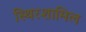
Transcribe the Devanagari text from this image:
स्थिरशामिल